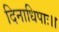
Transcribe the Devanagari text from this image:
दिनाधिपाः।।